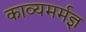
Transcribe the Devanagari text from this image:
काव्यमर्मज्ञ